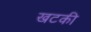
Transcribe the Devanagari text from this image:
खटकी